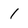
Character: 1